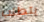
يتطلب